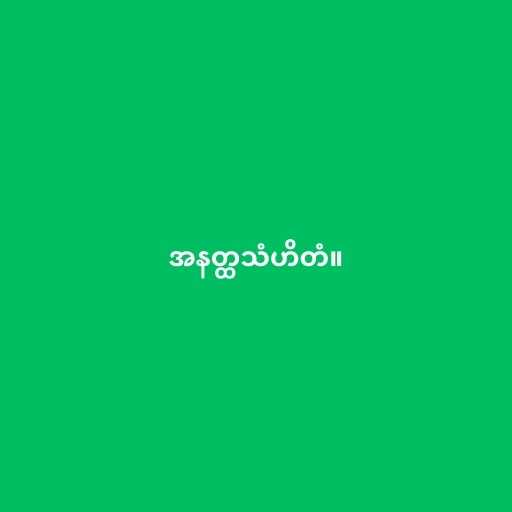
အနတ္ထသံဟိတံ။